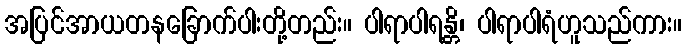
အပြင်အာယတနခြောက်ပါးတို့တည်း။ ပါရာပါရန္တိ၊ ပါရာပါရံဟူသည်ကား။